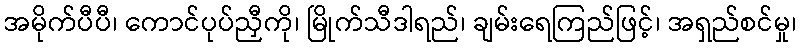
အမိုက်ပီပီ၊ ကောင်ပုပ်ညှီကို၊ မြိုက်သီဒါရည်၊ ချမ်းရေကြည်ဖြင့်၊ အရှည်စင်မှု၊